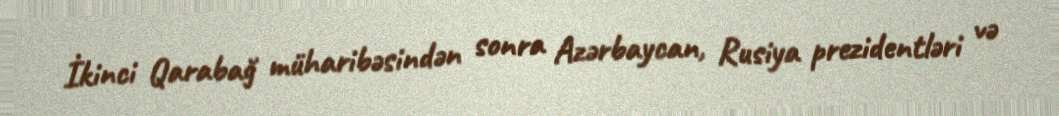
İkinci Qarabağ müharibəsindən sonra Azərbaycan, Rusiya prezidentləri və